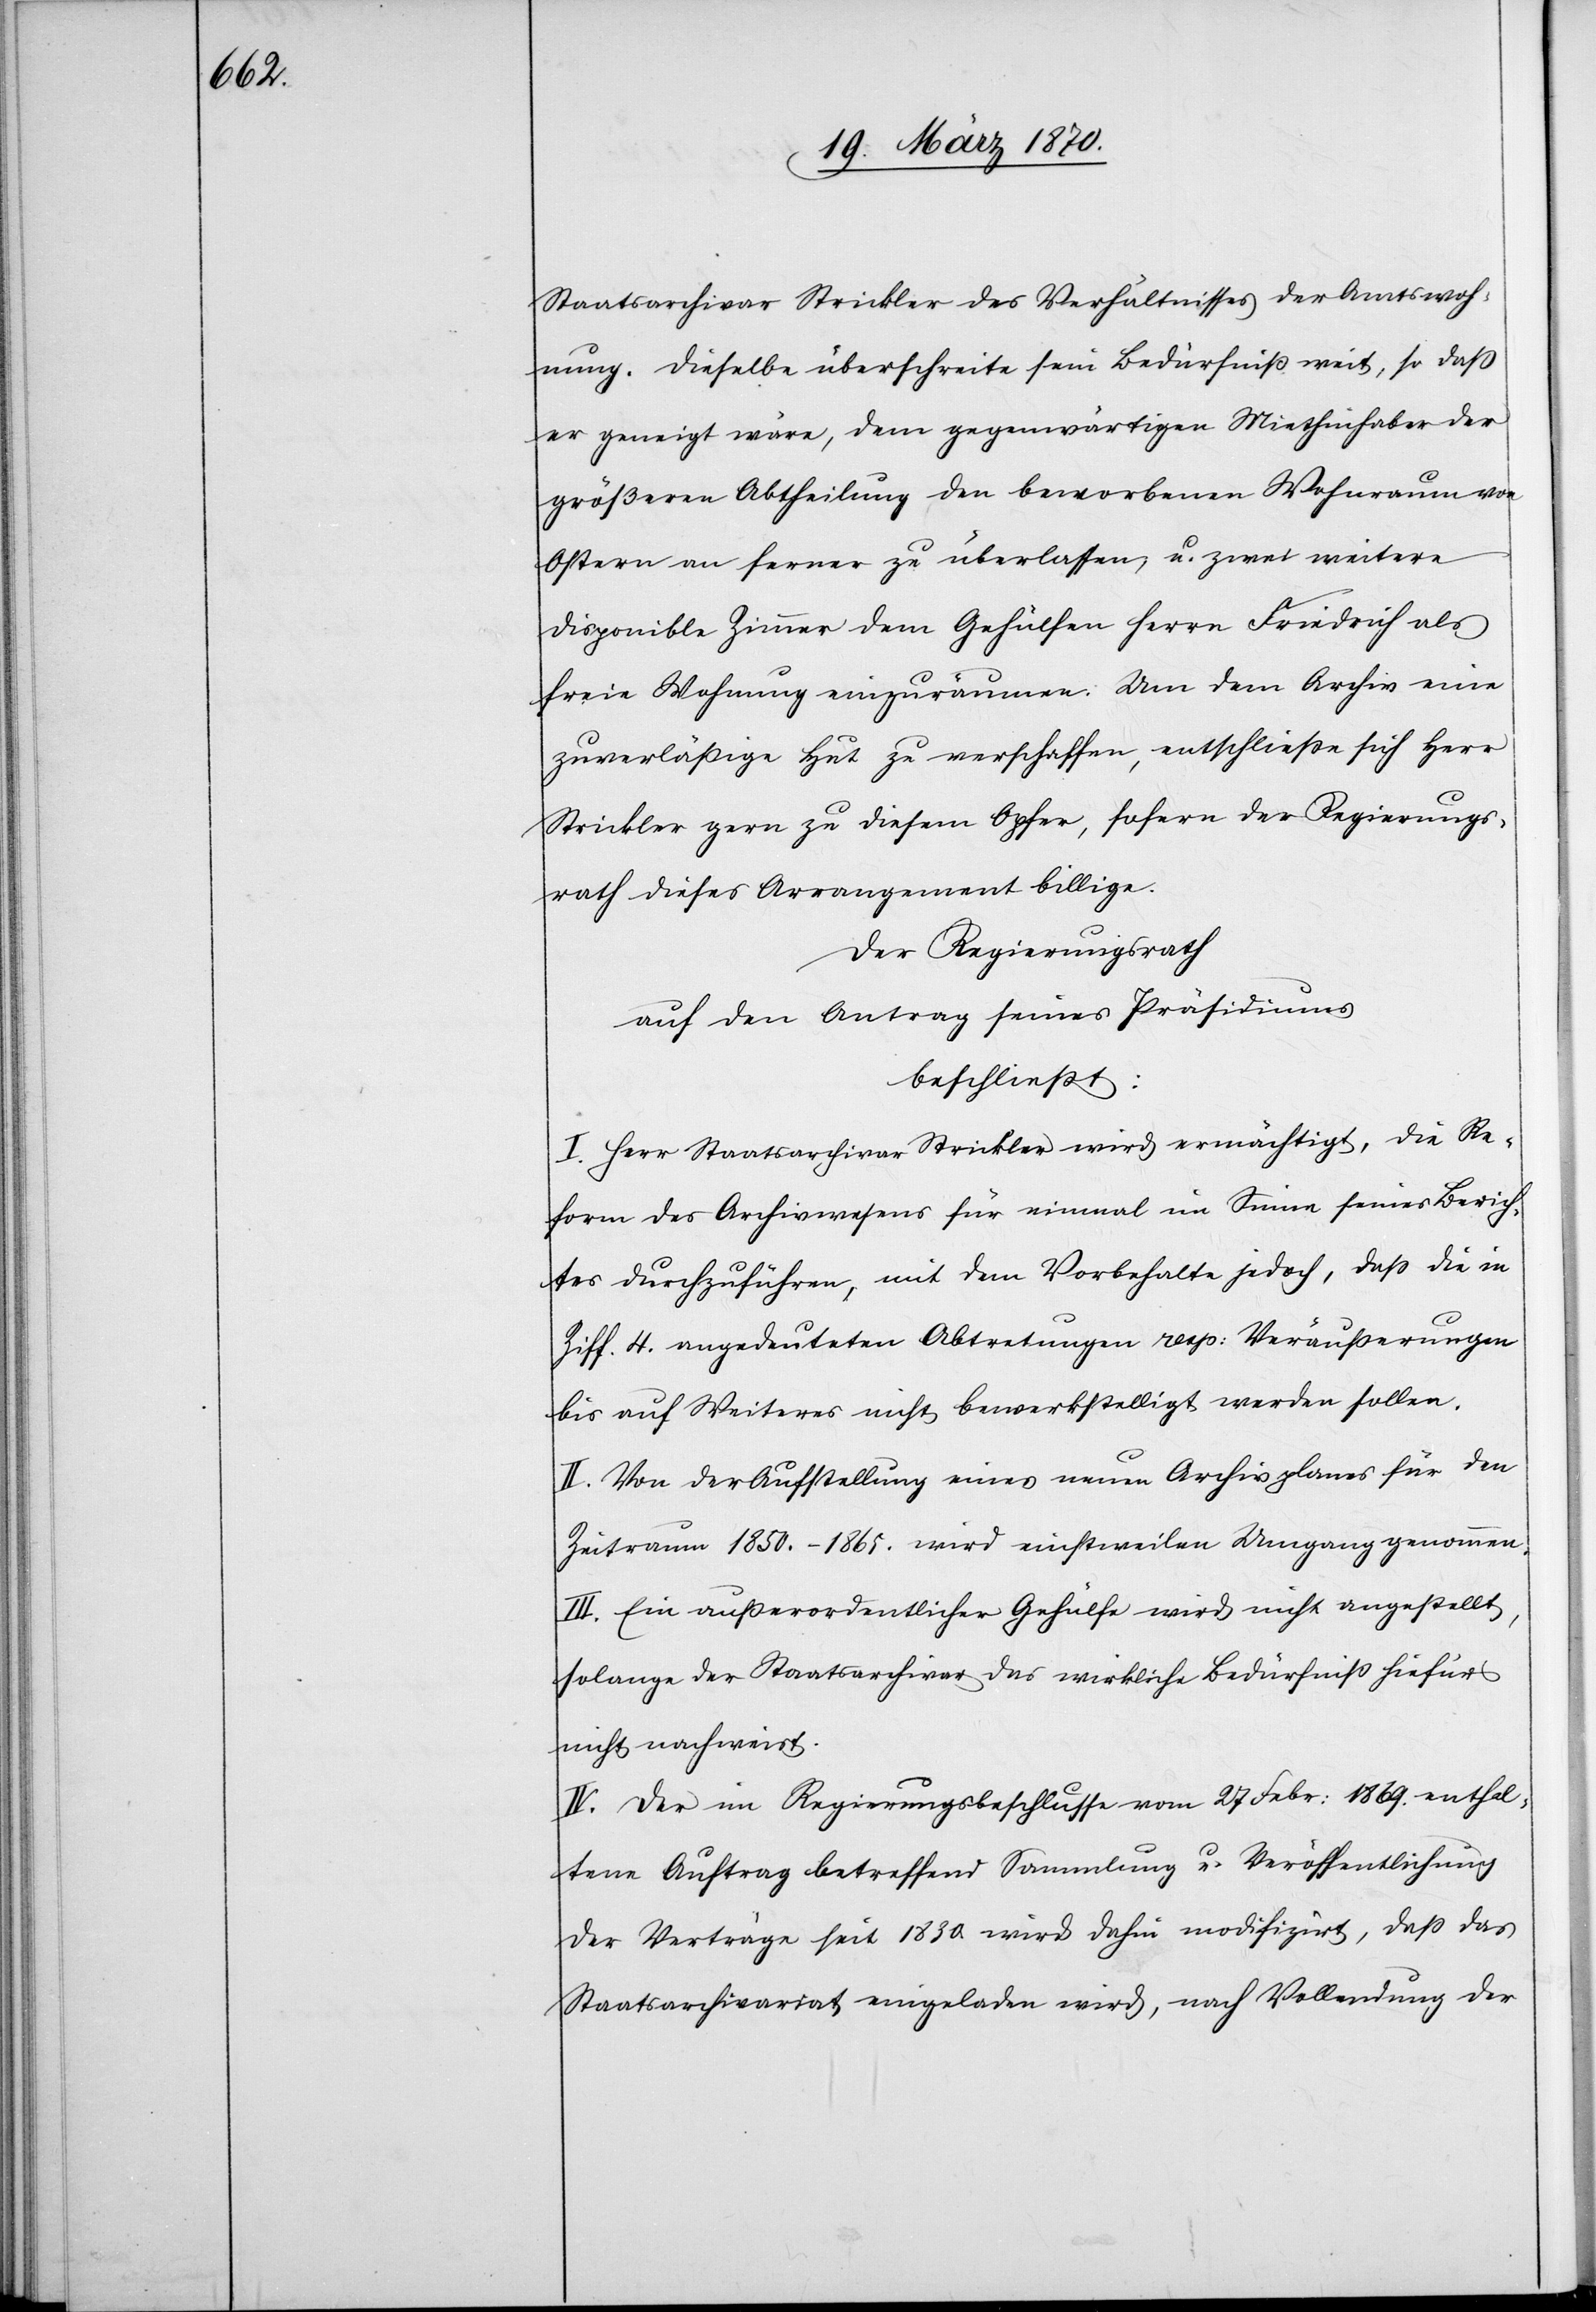
Staatsarchivar Strickler des Verhältnisses der Amtswoh¬
nung. Dieselbe überschreite sein Bedürfniß weit, so daß
er geneigt wäre, dem gegenwärtigen Miethinhaber der
größeren Abtheilung den beworbenen Wohnraum von
Ostern an ferner zu überlassen, u. zwei weitere
disponible Zimmer dem Gehülfen Herrn Friedrich als
freie Wohnung einzuräumen. Um dem Archiv eine
zuverläßige Hut zu verschaffen, entschließe sich Herr
Strickler gern zu diesem Opfer, sofern der Regierungs¬
rath dieses Arrangement billige.
Der Regierungsrath
auf den Antrag seines Präsidiums
beschließt:
I. Herr Staatsarchivar Strickler wird ermächtigt, die Re¬
form des Archivwesens für einmal im Sinne seines Berich¬
tes durchzuführen, mit dem Vorbehalt jedoch, daß die in
Ziff. 4. angedeuteten Abtretungen resp: Veräußerungen
bis auf Weiteres nicht bewerkstelligt werden sollen.
II. Von der Aufstellung eines neuen Archivplanes für den
Zeitraum 1850.–1865. wird einstweilen Umgang genommen.
III. Ein außerordentlicher Gehülfe wird nicht angestellt,
solange der Staatsarchivar das wirkliche Bedürfniß hiefür
nicht nachweist.
IV. Der im Regierungsbeschlusse vom 27 Febr: 1869. enthal¬
tene Auftrag betreffend Sammlung u. Veröffentlichung
der Verträge seit 1830 [sic!] wird dahin modifizirt, daß das
Staatsarchivariat eingeladen wird, nach Vollendung der